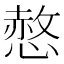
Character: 𢟻